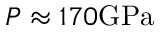
P \approx 1 7 0 \mathrm { G P a }